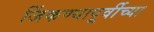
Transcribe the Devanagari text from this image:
जिंकण्यापूर्वीच्या